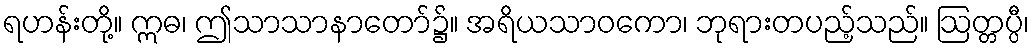
ရဟန်းတို့။ ဣဓ၊ ဤသာသာနာတော်၌။ အရိယသာဝကော၊ ဘုရားတပည့်သည်။ ဩတ္တပ္ပီ၊